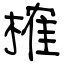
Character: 榷